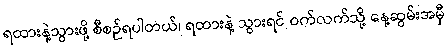
ရထားနဲ့သွားဖို့ စီစဉ်ရပါတယ်၊ ရထားနဲ့ သွားရင် ဝက်လက်သို့ နေ့ဆွမ်းအမှီ